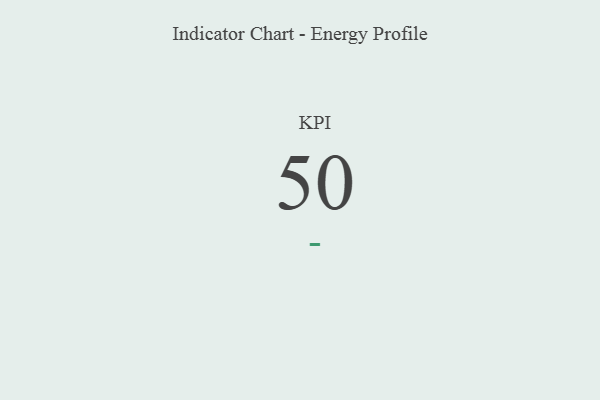
{"axis": {"x": "KPI", "y": "Value"}, "legend": [""], "data": [{"x": "KPI", "y": 50, "type": ""}]}